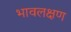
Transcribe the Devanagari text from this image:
भावलक्षण